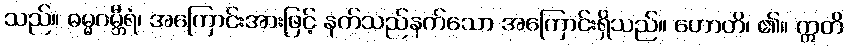
သည်။ ဓမ္မဂမ္ဘီရံ၊ အကြောင်းအားဖြင့် နက်သည်နက်သော အကြောင်းရှိသည်။ ဟောတိ၊ ၏။ ဣတိ